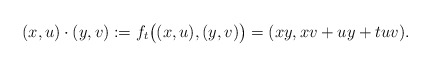
\begin{align*}(x,u) \cdot (y,v) := f_t\bigl( (x,u),(y,v) \bigr) = (xy, xv + uy + t uv) .\end{align*}